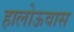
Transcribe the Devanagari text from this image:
हालोऊवास